Civil Veterinary Department. United Provinces 1932-42 - 1932-1942
Year: 1932
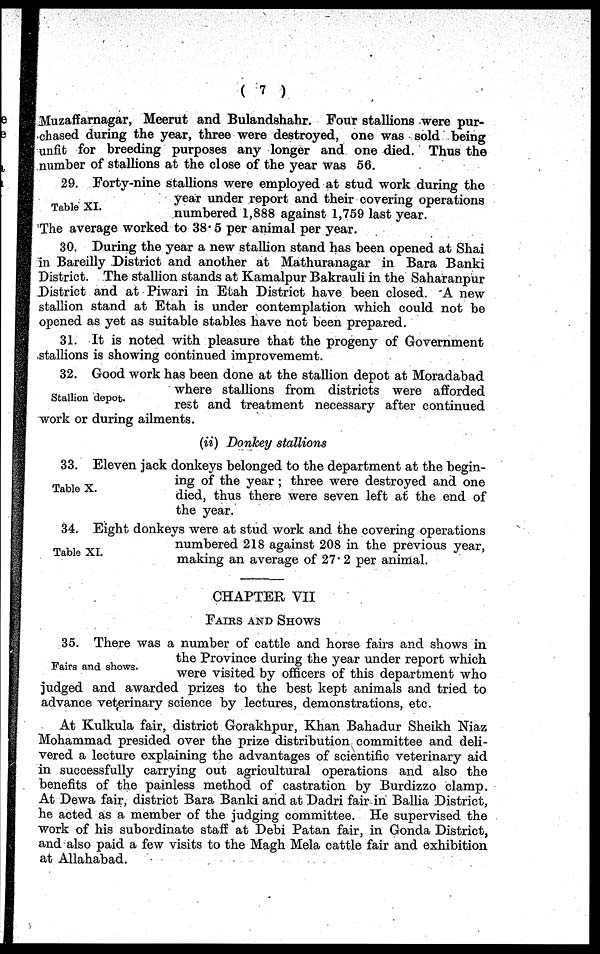
(7)
Muzaffarnagar, Meerut and Bulandshahr. Four stallions were pur-
chased during the year, three were destroyed, one was sold being
unfit for breeding purposes any longer and one died. Thus the
number of stallions at the close of the year was 56.
Table XI.
29. Forty-nine stallions were employed at stud work during the
year under report and their covering operations
numbered 1,888 against 1,759 last year.
The average worked to 38.5 per animal per year.
30. During the year a new stallion stand has been opened at Shai
in Bareilly District and another at Mathuranagar in Bara Banki
District. The stallion stands at Kamalpur Bakrauli in the Saharanpur
District and at Piwari in Etah District have been closed. A new
stallion stand at Etah is under contemplation which could not be
opened as yet as suitable stables have not been prepared.
31. It is noted with pleasure that the progeny of Government
stallions is showing continued improvememt.
Stallion depot.
32. Good work has been done at the stallion depot at Moradabad
where stallions from districts were afforded
rest and treatment necessary after continued
work or during ailments.
(ii) Donkey stallions
Table X.
33. Eleven jack donkeys belonged to the department at the begin-
ing of the year ; three were destroyed and one
died, thus there were seven left at the end of
the year.
Table XI.
34. Eight donkeys were at stud work and the covering operations
numbered 218 against 208 in the previous year,
making an average of 27.2 per animal.
CHAPTER VII
FAIRS AND SHOWS
Fairs and shows.
35. There was a number of cattle and horse fairs and shows in
the Province during the year under report which
were visited by officers of this department who
judged and awarded prizes to the best kept animals and tried to
advance veterinary science by lectures, demonstrations, etc.
At Kulkula fair, district Gorakhpur, Khan Bahadur Sheikh Niaz
Mohammad presided over the prize distribution committee and deli-
vered a lecture explaining the advantages of scientific veterinary aid
in successfully carrying out agricultural operations and also the
benefits of the painless method of castration by Burdizzo clamp.
At Dewa fair, district Bara Banki and at Dadri fair in Ballia District,
he acted as a member of the judging committee. He supervised the
work of his subordinate staff at Debi Patan fair, in Gonda District,
and also paid a few visits to the Magh Mela cattle fair and exhibition
at Allahabad.